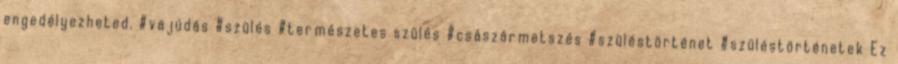
engedélyezheted. #vajúdás #szülés #természetes szülés #császármetszés #szüléstörténet #szüléstörténetek Ez